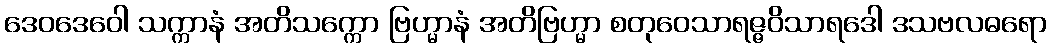
ဒေဝဒေဝေါ သက္ကာနံ အတိသက္ကော ဗြဟ္မာနံ အတိဗြဟ္မာ စတုဝေသာရဇ္ဇဝိသာရဒေါ ဒသဗလဓရော